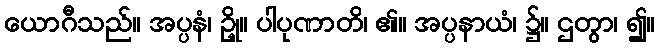
ယောဂီသည်။ အပ္ပနံ၊ ဥို့။ ပါပုဏာတိ၊ ၏။ အပ္ပနာယံ၊ ၌။ ဌတွာ၊ ၍။